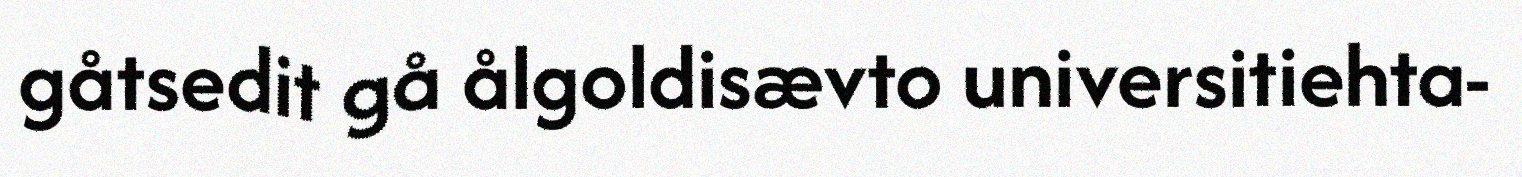
gåtsedit gå ålgoldisævto universitiehta-